Annual vaccination report of Bihar and Orissa - 1911-1928
Year: 1911
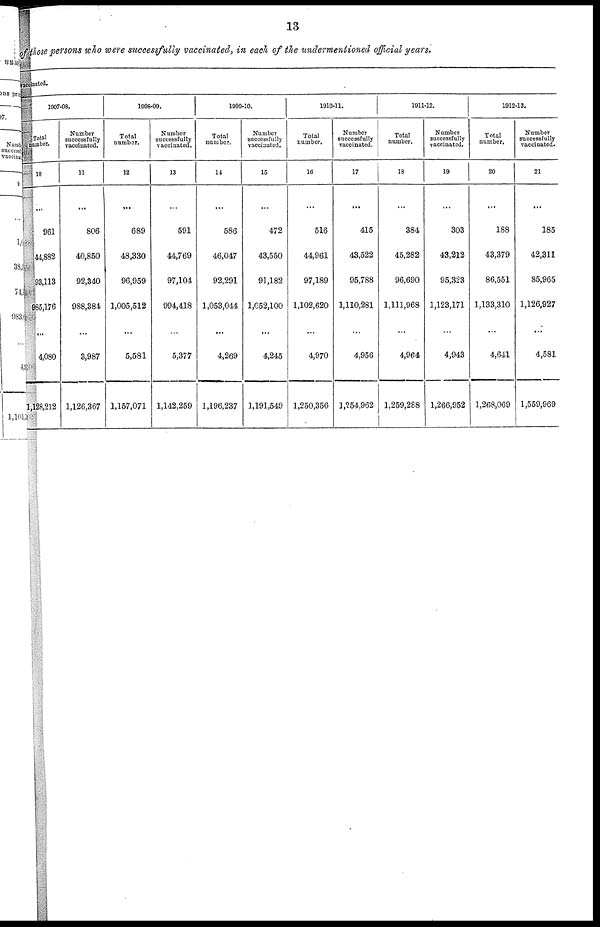
13
of those persons who were successfully vaccinated, in each of the undermentioned official years.
vaccinated.
1007-08.
Total
number.
10
...
961
44,882
93,113
985,176
...
4,080
1,128,212
Number
successfully
vaccinated.
11
...
806
40,850
92,340
988,384
...
3,987
1,126,367
1908-09.
Total
number.
12
...
689
48,330
96,959
1,005,512
...
5,581
1,157,071
Number
successfully
vaccinated.
13
...
591
44,769
97,104
994,418
...
5,377
1,142,259
1909-10.
Total
number.
14
...
586
46,047
92,291
1,053,044
...
4,269
1,196,237
Number
successfully
vaccinated.
15
...
472
43,550
91,182
1,052,100
...
4,245
1,191,549
1910-11.
Total
number.
16
...
516
44,961
97,189
1,102,620
...
4,970
1,250,356
Number
successfully
vaccinated.
17
...
415
43,522
95,788
1,110,281
...
4,956
1,254,962
1911-12.
Total
number.
18
...
384
45,282
96,690
1,111,968
...
4,964
1,259,288
Number
successfully
vaccinated.
19
...
303
43,212
95,323
1,123,171
...
4,943
1,266,952
1912-13.
Total
number.
20
...
188
43,379
86,551
1,133,310
...
4,641
1,268,069
Number
successfully
vaccinated.
21
...
185
42,311
85,965
1,126,927
...
4,581
1,559,969